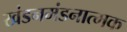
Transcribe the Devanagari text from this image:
खंडनमंडनात्मक